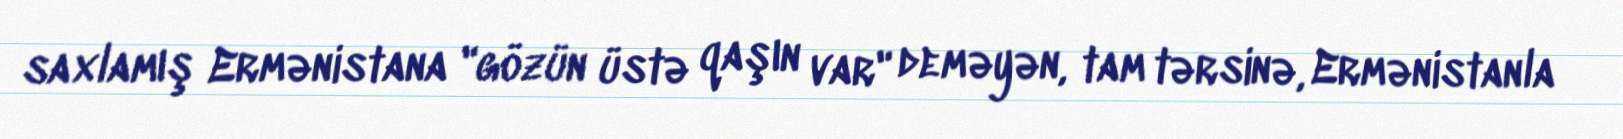
saxlamış Ermənistana "gözün üstə qaşın var" deməyən, tam tərsinə, Ermənistanla